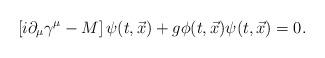
LaTeX: \begin{align*}\left[i \partial_{\mu}\gamma^{\mu} - M\right]\psi(t,{\vec x}) +g \phi(t,{\vec x}) \psi(t,{\vec x}) = 0.\end{align*}